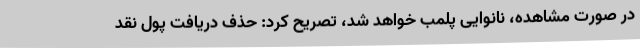
در صورت مشاهده، نانوایی پلمب خواهد شد، تصریح کرد: حذف دریافت پول نقد